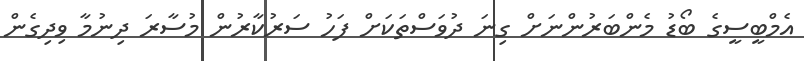
އެމްބީސީގެ ބޯޑު މެންބަރުންނަށް ގިނަ ދުވަސްތަކަށް ފަހު ސަރުކާރުން މުސާރަ ދިނުމާ ވިދިގެން